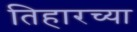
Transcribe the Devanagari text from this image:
तिहारच्या